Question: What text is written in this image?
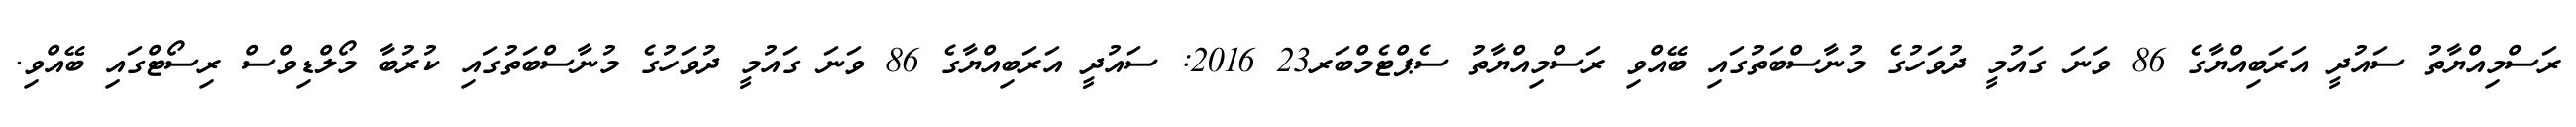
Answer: ރަސްމިއްޔާތު ސައުދީ އަރަބިއްޔާގެ 86 ވަނަ ގައުމީ ދުވަހުގެ މުނާސްބަތުގައި ބޭއްވި ރަސްމިއްޔާތު ސެޕްޓެމްބަރ23 2016: ސައުދީ އަރަބިއްޔާގެ 86 ވަނަ ގައުމީ ދުވަހުގެ މުނާސްބަތުގައި ކުރުބާ މޯލްޑިވްސް ރިސޯޓްގައި ބޭއްވި.